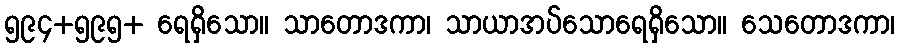
၅၉၄+၅၉၅+ ရေရှိသော။ သာတောဒကာ၊ သာယာအပ်သောရေရှိသော။ သေတောဒကာ၊